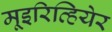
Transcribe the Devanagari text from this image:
मूइरिव्हियेर